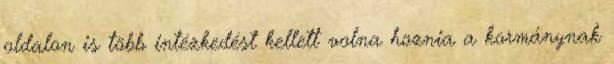
oldalon is több intézkedést kellett volna hoznia a kormánynak